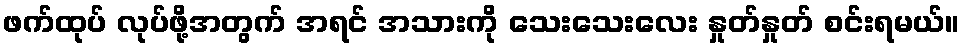
ဖက်ထုပ် လုပ်ဖို့အတွက် အရင် အသားကို သေးသေးလေး နှုတ်နှုတ် စင်းရမယ်။